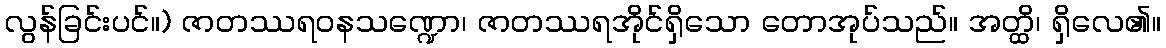
လွန်ခြင်းပင်။) ဇာတဿရဝနသဏ္ဍော၊ ဇာတဿရအိုင်ရှိသော တောအုပ်သည်။ အတ္ထိ၊ ရှိလေ၏။